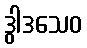
ဒွါဒသေဝ